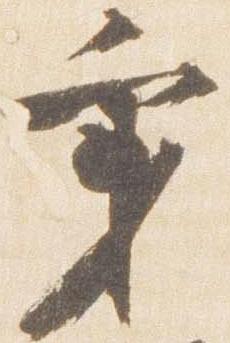
秉